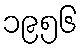
၁၉၅၆